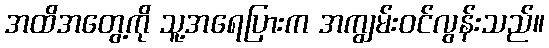
အထိအတွေ့ကို သူ့အရေပြားက အကျွမ်းဝင်လွန်းသည်။